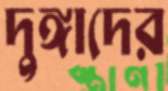
দুঙ্গাদের